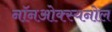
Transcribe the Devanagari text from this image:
नॉनओक्स्यनोल